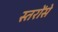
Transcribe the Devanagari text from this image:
स्तरोंसे